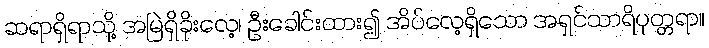
ဆရာရှိရာသို့ အမြဲရှိခိုးလေ့၊ ဦးခေါင်းထား၍ အိပ်လေ့ရှိသော အရှင်သာရိပုတ္တရာ။